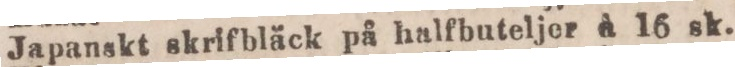
Japanskt skrifbläck på halfbuteljer à 16 sk.